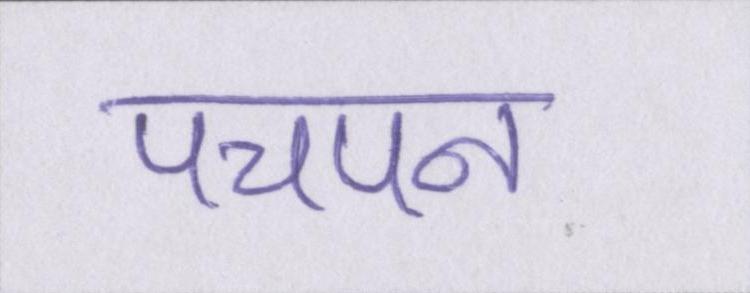
पचपन